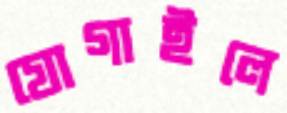
যোগাইলে